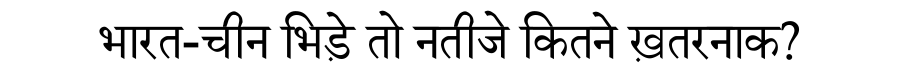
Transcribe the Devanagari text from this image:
भारत-चीन भिड़े तो नतीजे कितने ख़तरनाक?